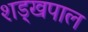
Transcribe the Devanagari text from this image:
शड्खपाल